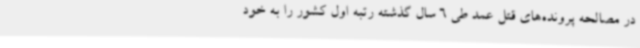
در مصالحه پرونده‌های قتل عمد طی 6 سال گذشته رتبه اول کشور را به خود